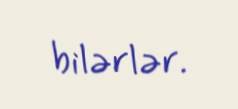
bilərlər.